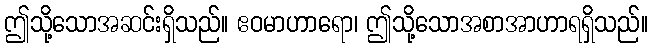
ဤသို့သောအဆင်းရှိသည်။ ဧဝမာဟာရော၊ ဤသို့သောအစာအာဟာရရှိသည်။